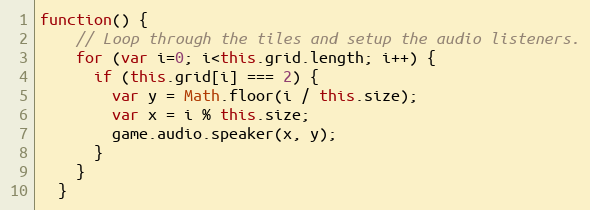
Language: JavaScript
function() {
    // Loop through the tiles and setup the audio listeners.
    for (var i=0; i<this.grid.length; i++) {
      if (this.grid[i] === 2) {
        var y = Math.floor(i / this.size);
        var x = i % this.size;
        game.audio.speaker(x, y);
      }
    }
  }